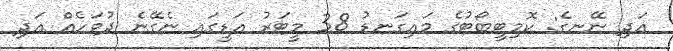
އަދި ނޭނގެ: ކޮމިޓީބޯޓުގެ މައިގަނޑު 38 މީޓަރު އަޑީގައި ނެގޭނެ ދުވަހެއް އަދި